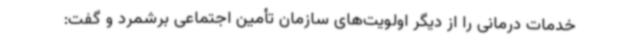
خدمات درمانی را از دیگر اولویت‌های سازمان تأمین اجتماعی برشمرد و گفت: